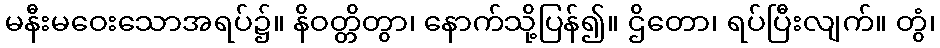
မနီးမဝေးသောအရပ်၌။ နိဝတ္တိတွာ၊ နောက်သို့ပြန်၍။ ဌိတော၊ ရပ်ပြီးလျက်။ တွံ၊